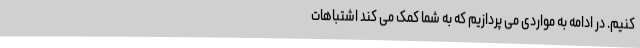
کنیم. در ادامه به مواردی می پردازیم که به شما کمک می کند اشتباهات